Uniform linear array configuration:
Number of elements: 24
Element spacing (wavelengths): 0.25
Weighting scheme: uniform
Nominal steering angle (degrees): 15
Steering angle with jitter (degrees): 13.968
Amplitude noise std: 0.05
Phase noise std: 0.05

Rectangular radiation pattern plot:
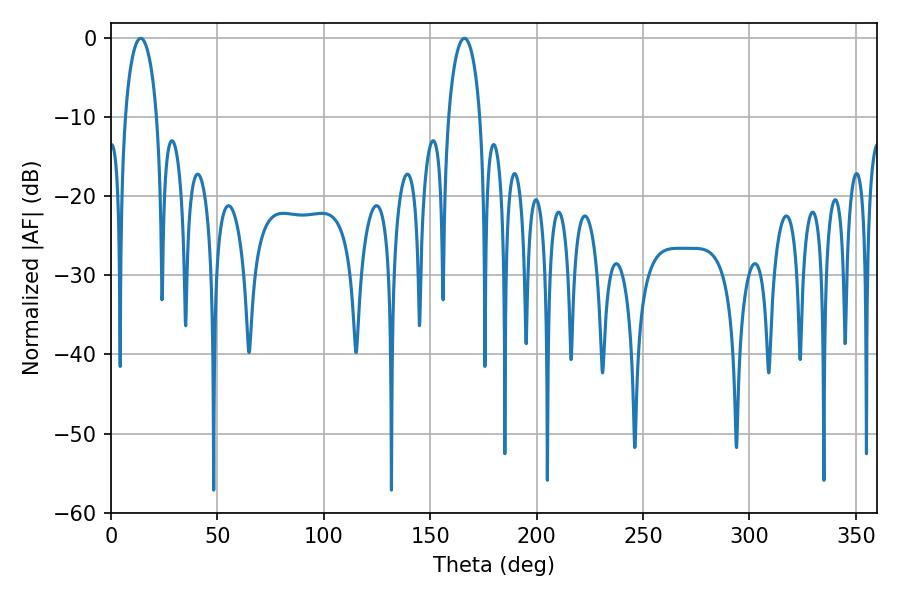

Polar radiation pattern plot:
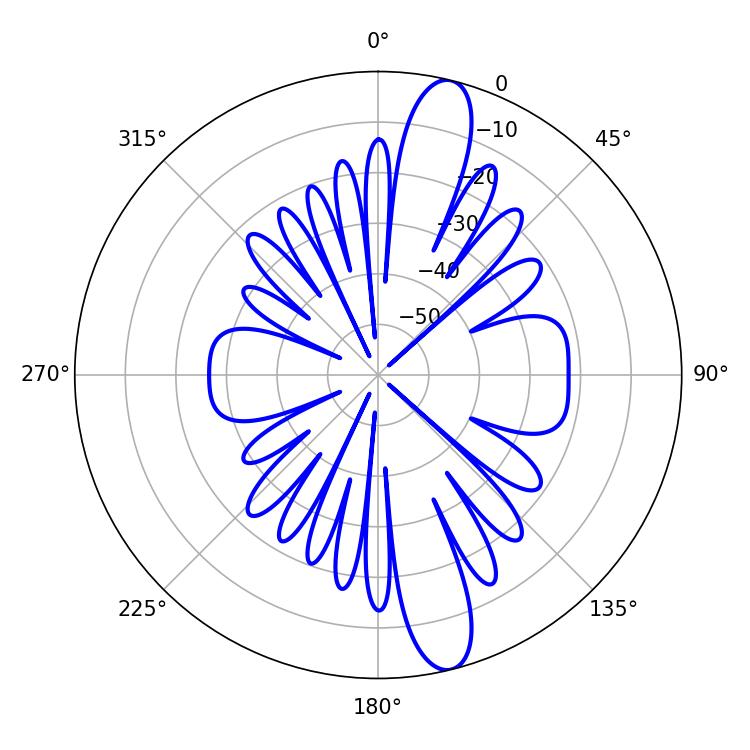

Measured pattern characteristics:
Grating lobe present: FALSE
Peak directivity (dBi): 13.767
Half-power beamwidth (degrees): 8.46
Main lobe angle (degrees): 14.04